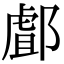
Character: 䣜